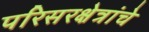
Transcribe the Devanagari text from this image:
परिसरक्षेत्रांचे